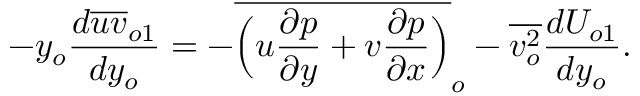
- y _ { o } \frac { d \overline { { u v } } _ { o 1 } } { d y _ { o } } = - \overline { { \Big ( u \frac { \partial p } { \partial y } + v \frac { \partial p } { \partial x } \Big ) } } _ { o } - \overline { { v _ { o } ^ { 2 } } } \frac { d U _ { o 1 } } { d y _ { o } } .